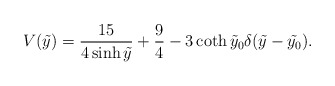
\begin{align*}V(\tilde{y}) = \frac{15}{4\sinh{\tilde{y}}}+\frac{9}{4}-3\coth{\tilde{y}_0}\delta(\tilde{y}-\tilde{y_0}).\end{align*}